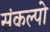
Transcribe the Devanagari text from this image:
संकल्पो